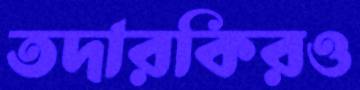
তদারকিরও